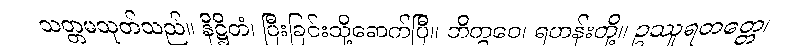
သတ္တမသုတ်သည်။ နိဋ္ဌိတံ၊ ပြီးခြင်းသို့ရောက်ပြီ။ ဘိက္ခဝေ၊ ရဟန်းတို့။ ဥဿူရတတ္တေ၊